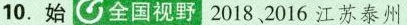
10.始全国视野2018，2016江苏泰州